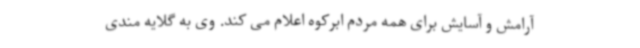
آرامش و آسایش برای همه مردم ابرکوه اعلام می کند. وی به گلایه مندی